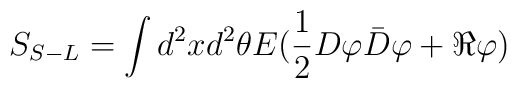
S_{S-L}=\int d^2 xd^2\theta E(\frac{1}{2}D\varphi\bar D\varphi+\Re\varphi)